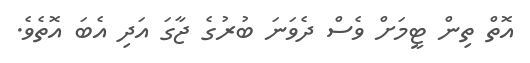
އޮތް ތިން ޓީމަށް ވެސް ދެވަނަ ބުރުގެ ޖާގަ އަދި އެބަ އޮތެވެ.